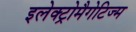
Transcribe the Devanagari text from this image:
इलेक्ट्रोमैगेटिज्म